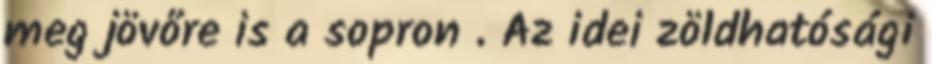
meg jövőre is a sopron . Az idei zöldhatósági